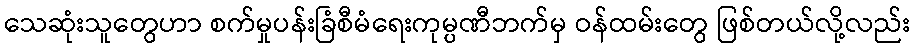
သေဆုံးသူတွေဟာ စက်မှုပန်းခြံစီမံရေးကုမ္ပဏီဘက်မှ ဝန်ထမ်းတွေ ဖြစ်တယ်လို့လည်း